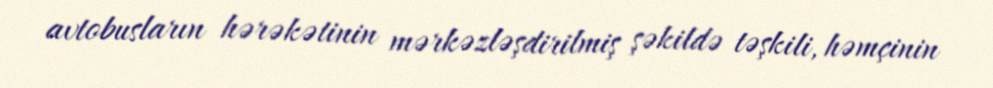
avtobusların hərəkətinin mərkəzləşdirilmiş şəkildə təşkili, həmçinin